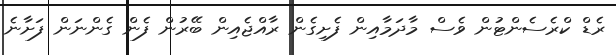
ރެޑް ކްރެސެންޓުން ވެސް މާދަމާއިން ފެށިގެން ރާއްޖެއިން ބޭރުން ފެން ގެންނަން ފަށާނެ